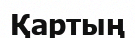
Қартың